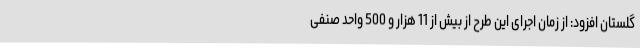
گلستان افزود: از زمان اجرای این طرح از بیش از 11 هزار و 500 واحد صنفی